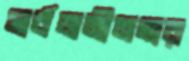
সার্বজনীনতার